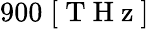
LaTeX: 900\; [\mathrm{~T~H~z~}]